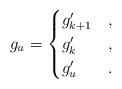
LaTeX: \begin{align*} g_u = \begin{cases}g'_{k+1} & , \\g'_k & , \\g'_u & .\end{cases}\end{align*}